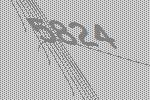
5824